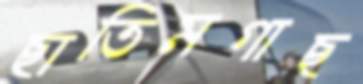
ছাতিমগাছ